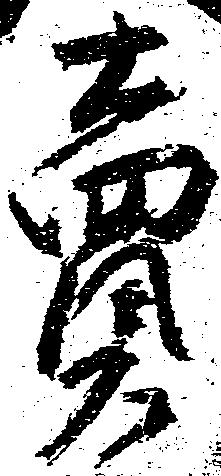
売